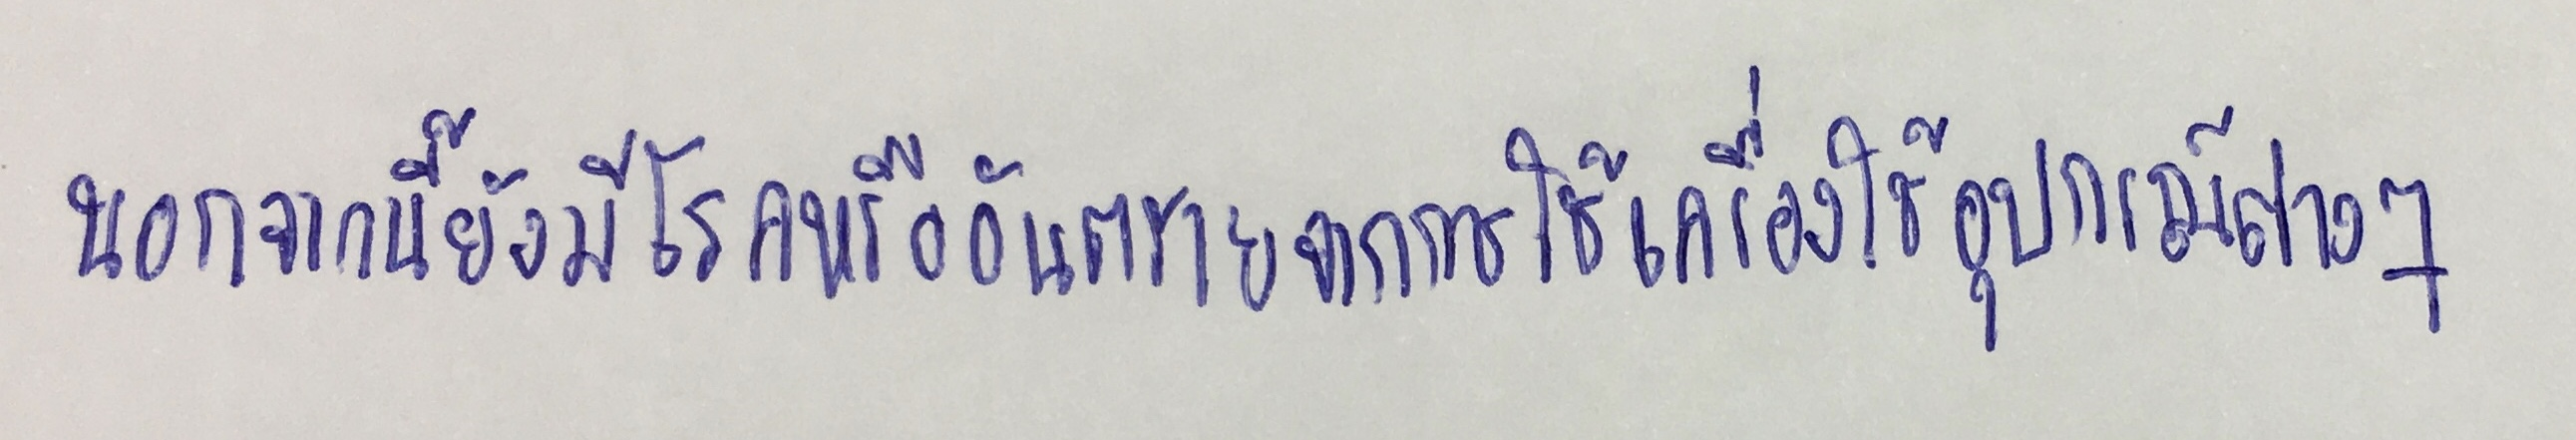
นอกจากนี้ยังมีโรคหรืออันตรายจากการใช้เครื่องใช้อุปกรณ์ต่างๆ